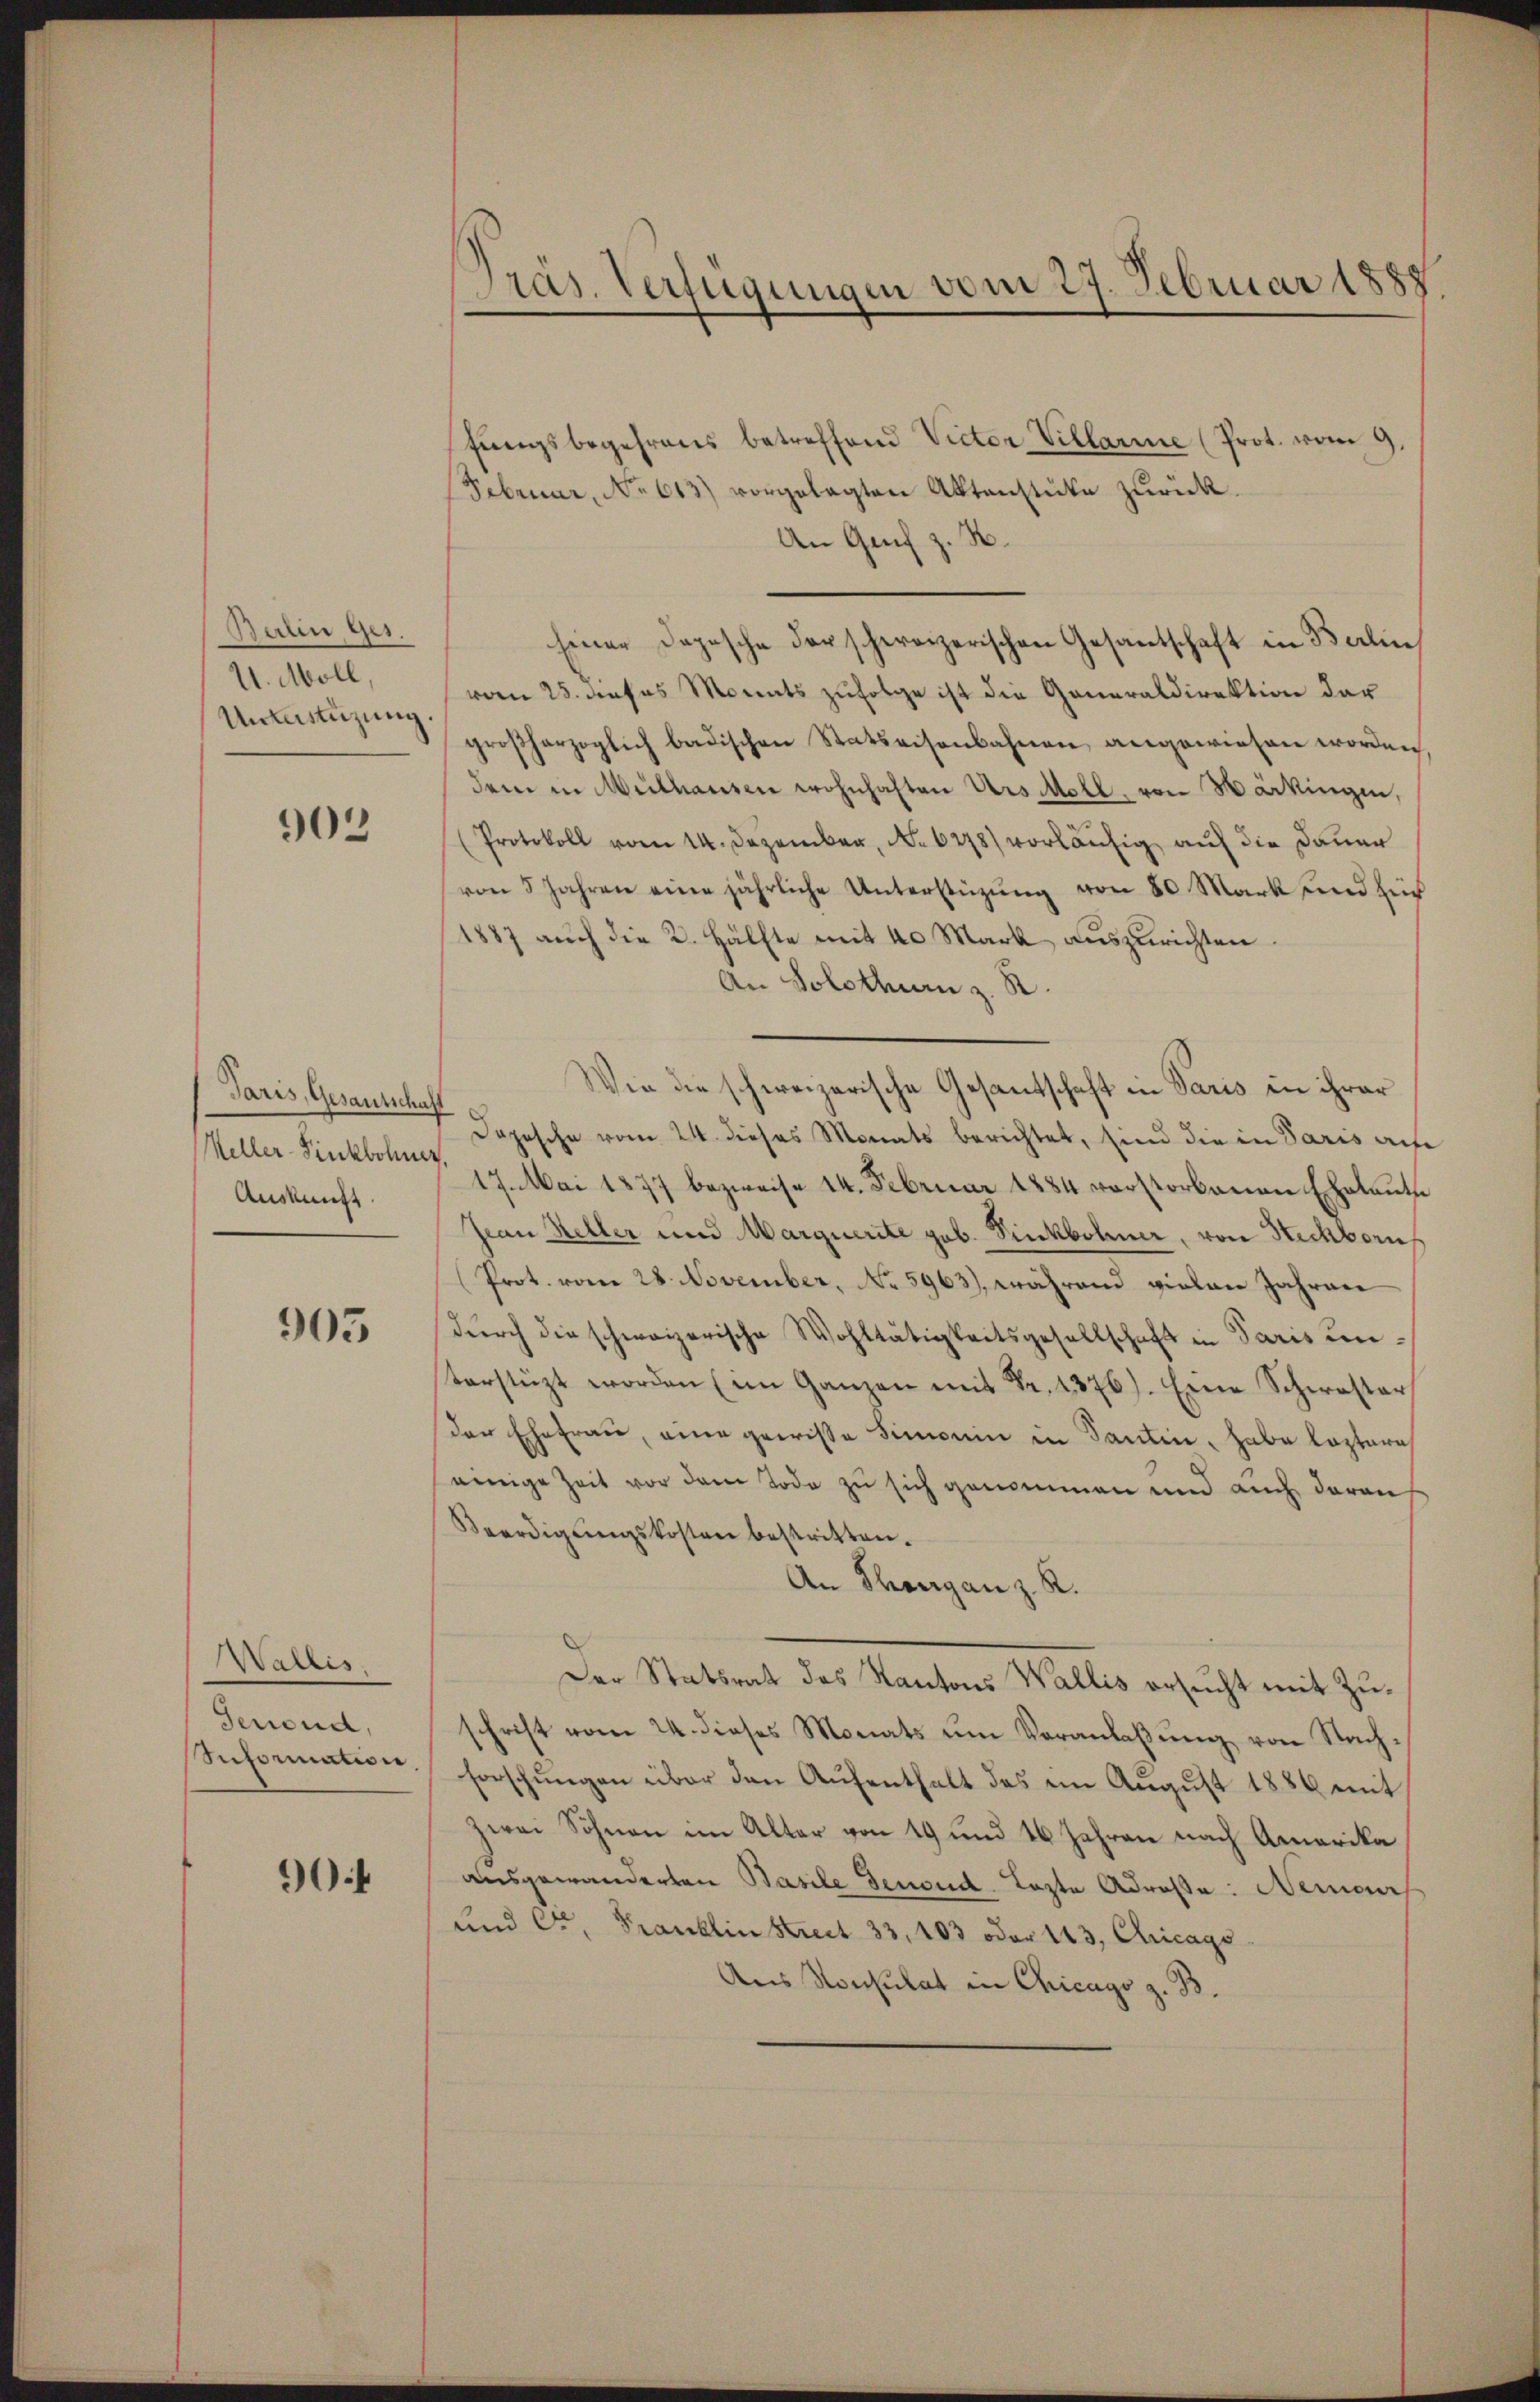
Burlin Ges.
U. Moll,
Unterstüzung

902

Paris, Gesantschaft
Auskunft.

905

Wallis.
Jenend,
Bnformation

90:

Präs. Verfügungen vom 27. Februar 1888.

fŭngsbegehrens betreffend Victor Villarie (Prot. vom 9.
Februar, No 613) vorgelegten Aktenstüke zurück.
An Grif z. B.
siner Deposche der schweizerischen Gesantschaft in Berlin
vom 25. dieses Monats zufolge ist die Generaldirektion der
großherzoglich badischen Statteisenbahnen angewiesen worden
dem in Mülhausen wohnhaften Urs Moll von Märkingen,
(Protokoll vom 14. Dezember, No 6278) vorläufig auf die Dauer
von 5 Jahren eine jährliche Unterstüzung von 80 Mark und für
1887 auch die 2. Hälfte mit 40 Mark auszurichten.
An Solothurn z. R.
Wie die schweizerische Gesantschaft in Paris in ihrer
Depesche vom 24. dieses Monats berichtet, sind die in Paris aufe
Meller Sinkborn 17. Mai 1877 bezweife 14. Februar 1884 verstorbenen Eheleute
Jan Keller und Marquerite geb. Sinkbohner, von Steckborn
Prot. vom 28. November, No 5963), während vielen Jahrene
dŭrch die schweizerische Wohltätigkeitsgesellschaft in Paris unsterstüzt worden (im Ganzen mit Fr. 1376). Eine Schwester
der Ehefrau, eine gewisse Simonin in Santin, habe leztere
einige Zeit vor dem Tode zu sich genommen und auch darau
Veerdigungskosten bestritten.
An Thurgan z. R.
Der Statsrat des Kantons Wallis ersucht mit Zuschrift vom 24. dieses Monats um Veranlaßung von Nachforschungen über den Aufenthalt des im August 1886 mit
zwei Söhnen im Alter von 19 und 16 Jahren nach Amerika
ausgewanderten Basile Genoud Lezte Adreste: Nemor
und C. Franklin Streit 33, 103 oder 143, Chicags
Aus Konsulat in Chicago z. B.